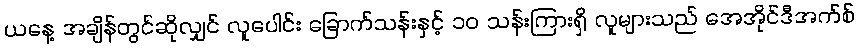
ယနေ့ အချိန်တွင်ဆိုလျှင် လူပေါင်း ခြောက်သန်းနှင့် ၁၀ သန်းကြားရှိ လူများသည် အေအိုင်ဒီအက်စ်